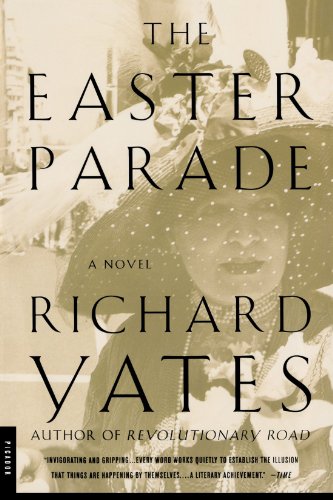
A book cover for The Easter Parade: A Novel; Richard Yates; Literature & Fiction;